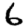
Digit: 6